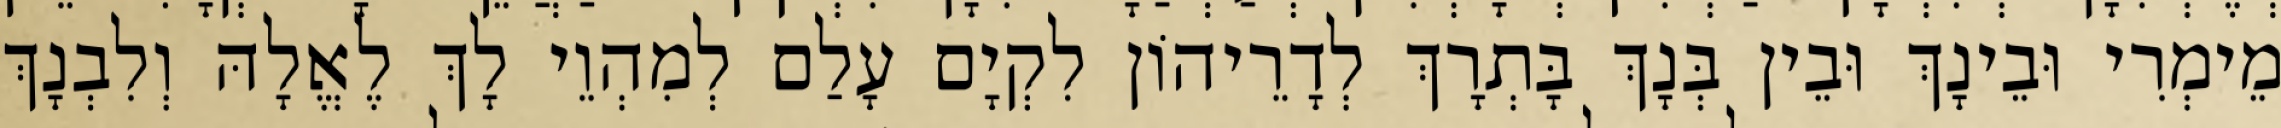
מֵימְרִי וּבֵינָךְ וּבֵין בְּנָךְ בָּתְרָךְ לְדָרֵיהוֹן לִקְיָם עָלַם לְמִהְוֵי לָךְ לֶאֱלָהּ וְלִבְנָךְ